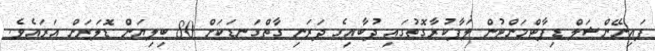
ފައިނޭންޝަލް ޑިޕާޓްމަންޓުން ލަފާކުރާގޮތުގައި ދުބާއިގެ ދަރަނި ގާތްގަނޑަކަށް 80 ބިލިޔަން ޑޮލަރަށް އަރައެވެ.